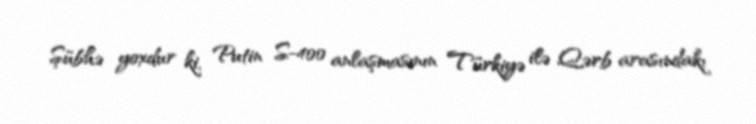
Şübhə yoxdur ki, Putin S-400 anlaşmasının Türkiyə ilə Qərb arasındakı